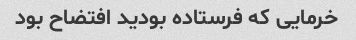
خرمایی که فرستاده بودید افتضاح بود